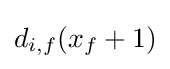
d_{i,f}(x_{f}+1)